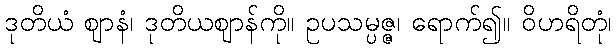
ဒုတိယံ ဈာနံ၊ ဒုတိယဈာန်ကို။ ဥပသမ္ပဇ္ဇ၊ ရောက်၍။ ဝိဟရိတုံ၊